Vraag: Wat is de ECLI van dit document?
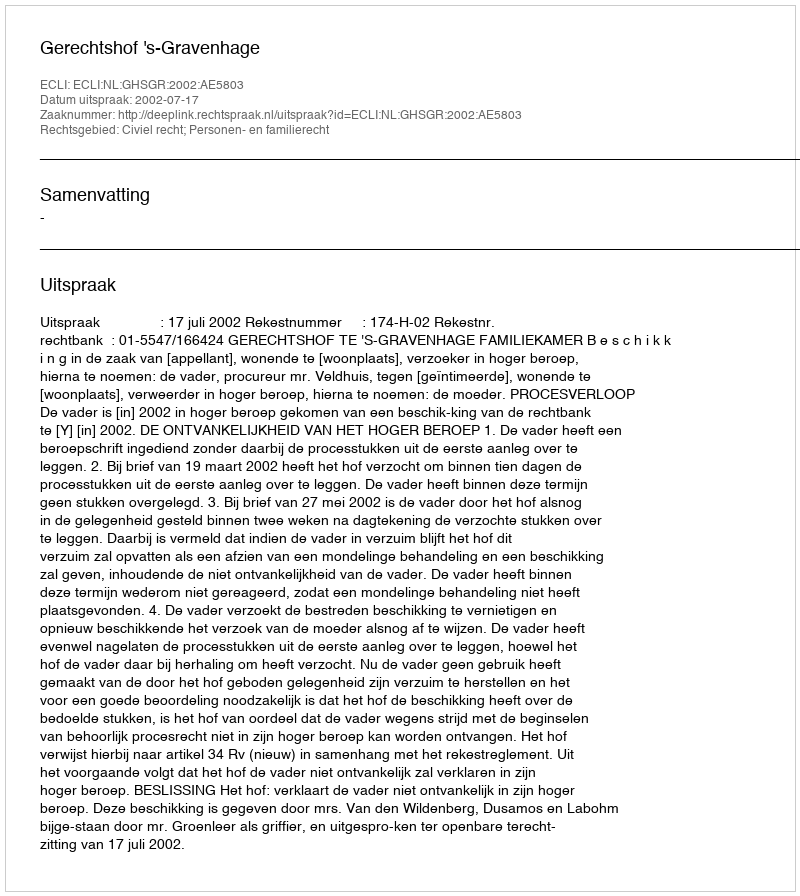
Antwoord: ECLI:NL:GHSGR:2002:AE5803